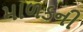
માળકની